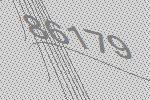
86179